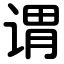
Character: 谓